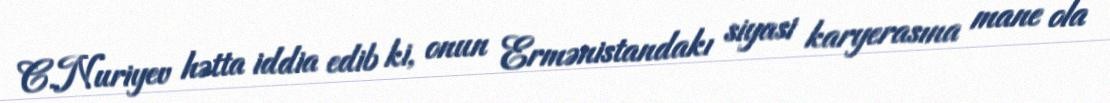
C.Nuriyev hətta iddia edib ki, onun Ermənistandakı siyasi karyerasına mane ola